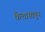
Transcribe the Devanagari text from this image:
कैलासातुन